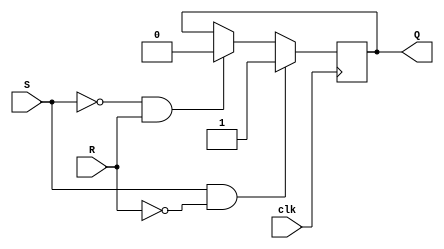
module SR_FlipFlop (
    input S, R, clk,
    output reg Q
);

reg Q_next;

always @(posedge clk) begin
    if (S & ~R) begin // Set
        Q_next <= 1;
    end else if (~S & R) begin // Reset
        Q_next <= 0;
    end else begin // Maintain previous state
        Q_next <= Q;
    end
end

assign Q = Q_next;

endmodule